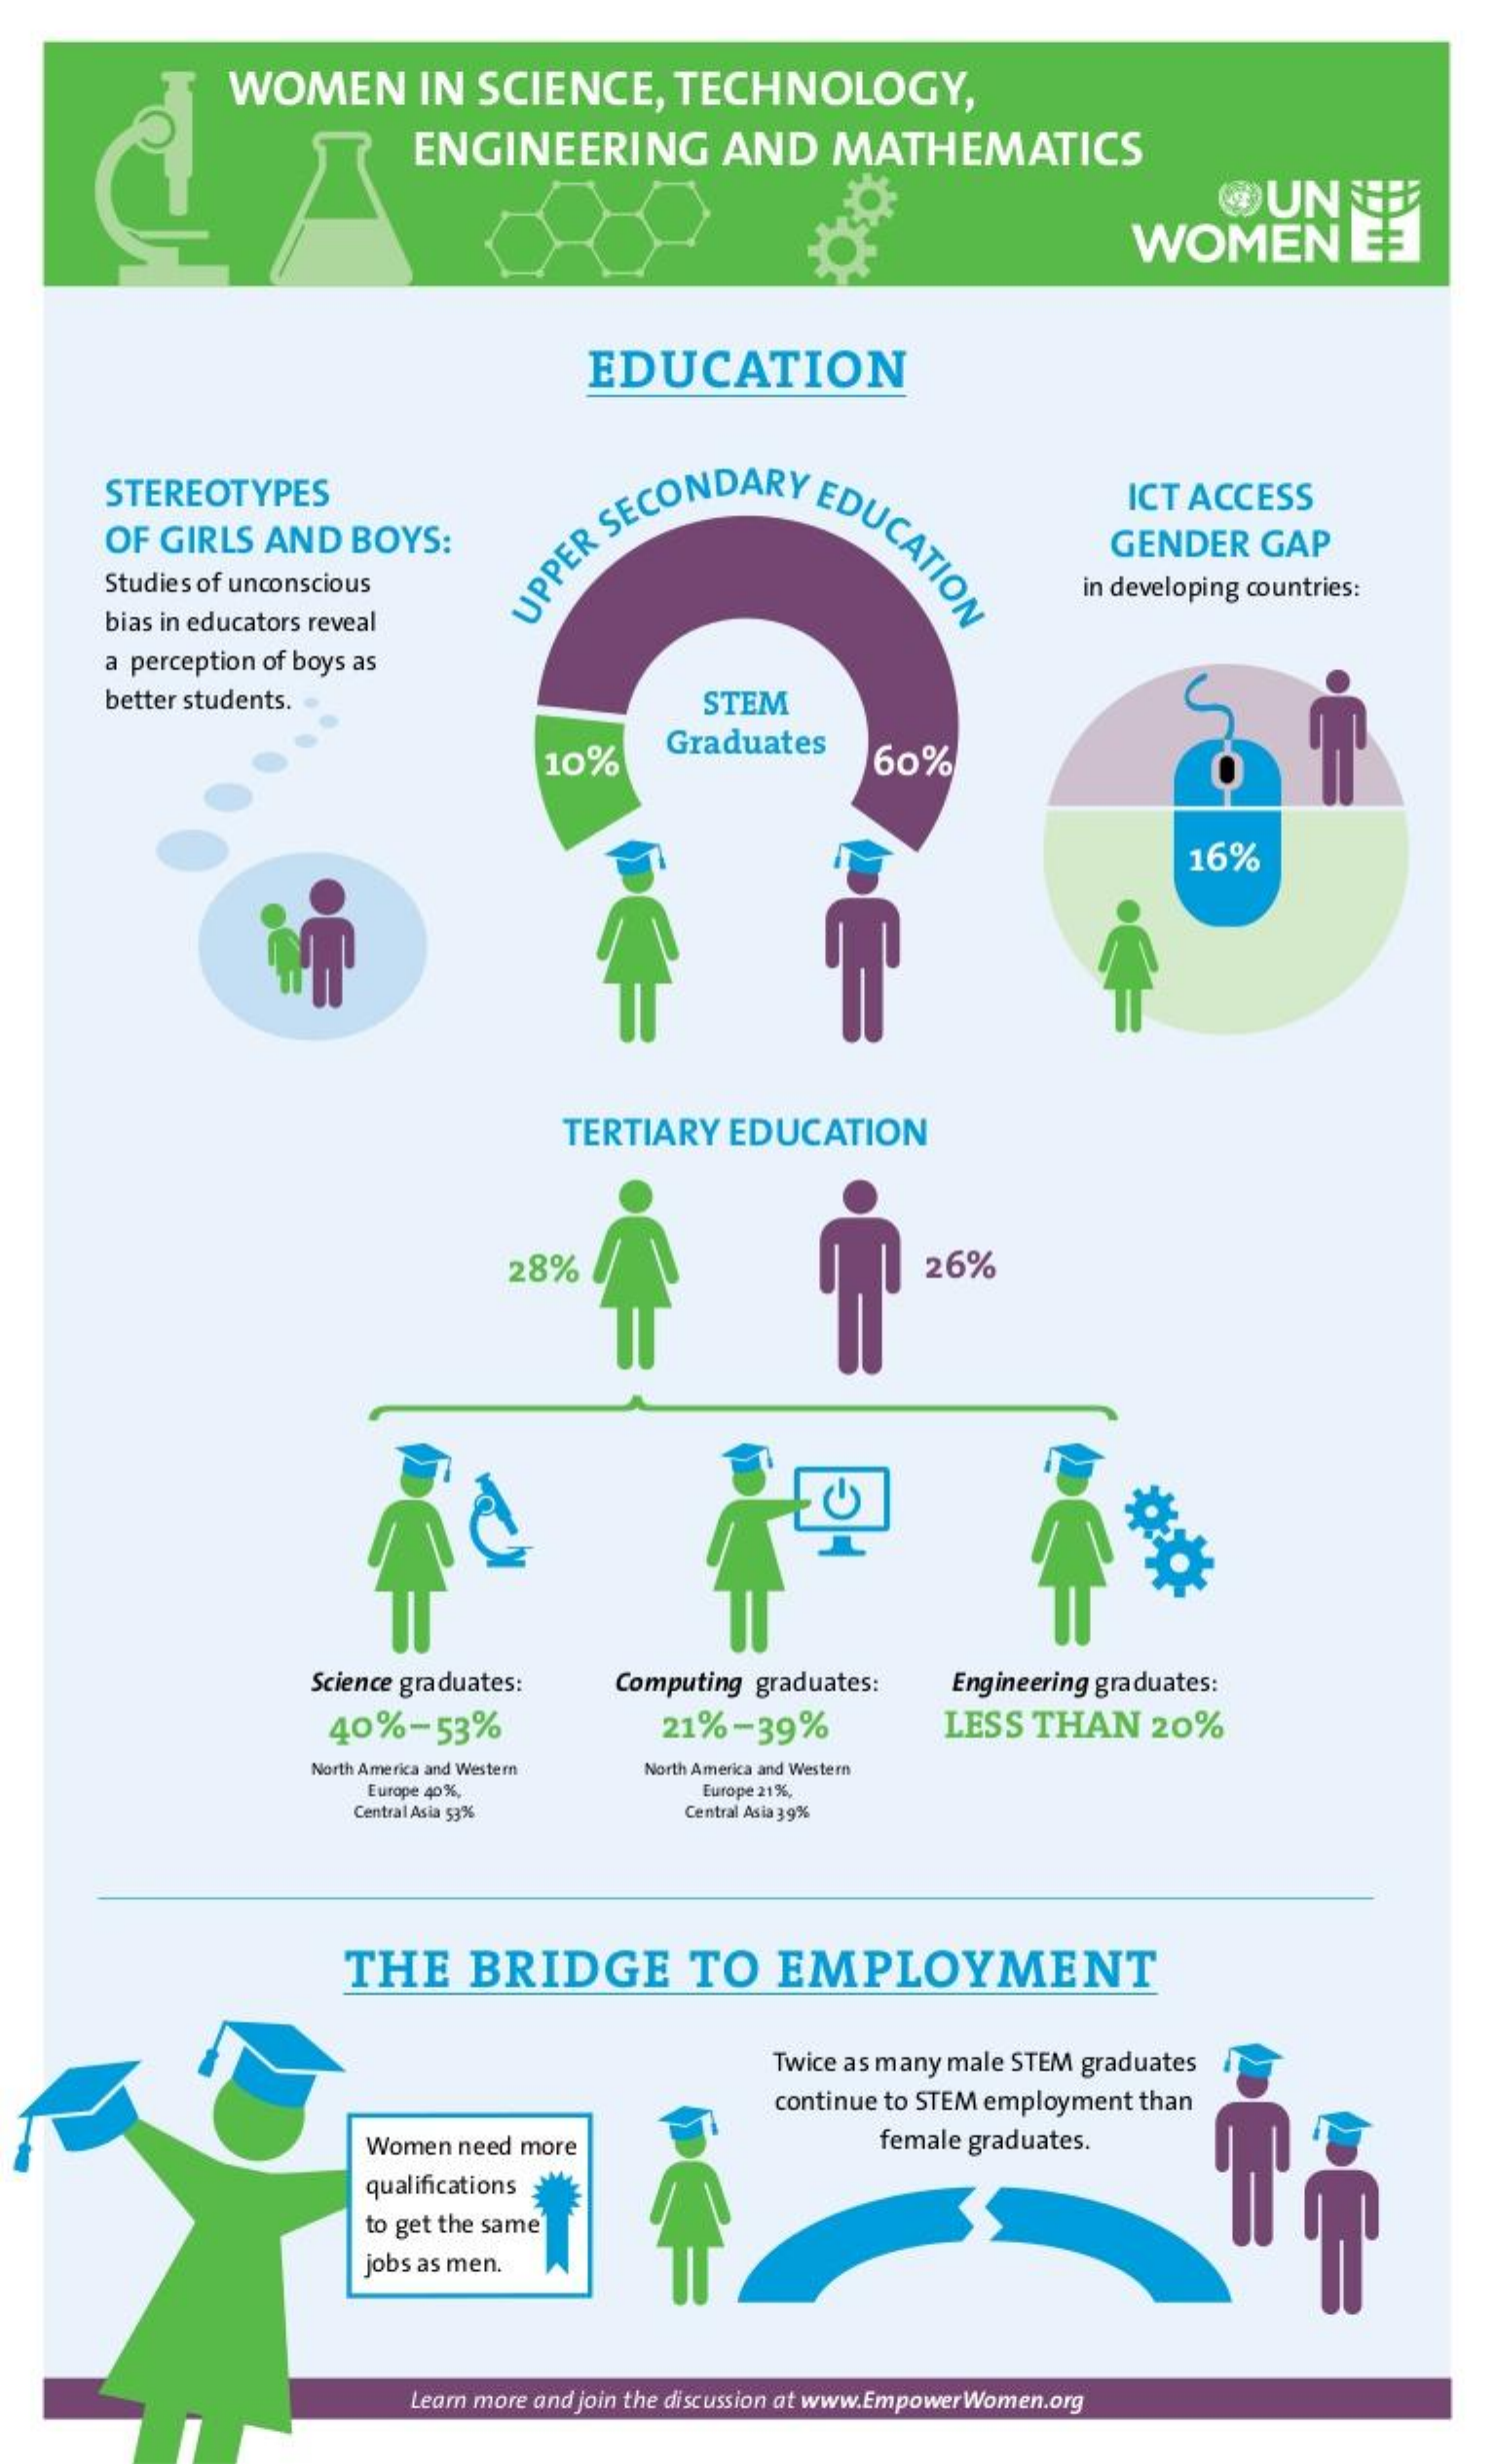
WOMEN    IN  SCIENCE,    TECHNOLOGY,
     ENGINEERING    AND    MATHEMATICS
     UN
     WOMEN
     EDUCATION
     STEREOTYPES
     UPPER
     SECONDARY    EDUCATION
     ICT ACCESS
     OF GIRLS  AND  BOYS:
     PPER SECON    GENDER   GAP
     Studies of unconscious    in developing countries:
     bias in educators reveal
     a perception of boys as
     better students.    STEM
     10%
     Graduates
     60%
     16%
     TERTIARY EDUCATION
     28%    26%
     Science graduates: Computing graduates: Engineering graduates:
     40%-53%    21%-39%    LESS  THAN   20%
     North America and Western North America and Western
     Europe 40 %,    Europe 21%,
     Central Asia 53%    Central Asia 39%
     THE    BRIDGE    TO    EMPLOYMENT
     Twice as many male STEM graduates
     continue to STEM employment than
     Women need more    female graduates.
     qualifications
     to get the same
     jobs as men.
     Learn more and join the discussion at www.EmpowerWomen.org